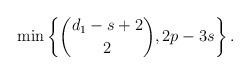
LaTeX: \begin{align*} \min\left\{ \binom{d_1-s+2}{2}, 2p-3s \right\}. \end{align*}